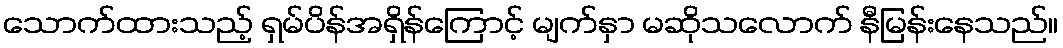
သောက်ထားသည့် ရှမ်ပိန်အရှိန်ကြောင့် မျက်နှာ မဆိုသလောက် နီမြန်းနေသည်။